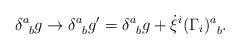
LaTeX: \begin{align*}\delta^a_{\;\;b}g \rightarrow \delta^a_{\;\;b}g' = \delta^a_{\;\;b}g + \dot{\xi}^i(\Gamma_i)^a_{\;\;b}.\end{align*}